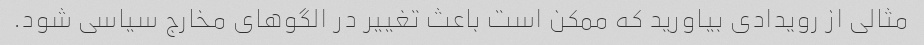
مثالی از رویدادی بیاورید که ممکن است باعث تغییر در الگوهای مخارج سیاسی شود.